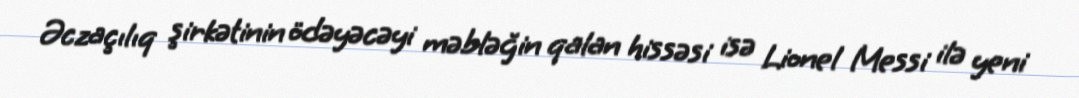
Əczaçılıq şirkətinin ödəyəcəyi məbləğin qalan hissəsi isə Lionel Messi ilə yeni